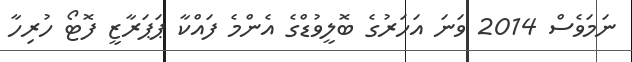
ނަމަވެސް 2014 ވަނަ އަހަރުގެ ބޮލީވުޑްގެ އެންމެ ފައްކާ ޕަޕަރާޒީ ފޮޓޯ ހުރިހާ